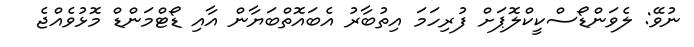
ނުވޭ: ލެވަންޑޯސްކީކްލޮޕަށް ފުރިހަމަ އިތުބާރު އެބައޮތްބަޔާން އާއި ޑޯޓްމަންޑް މޮޅުވެއްޖެ